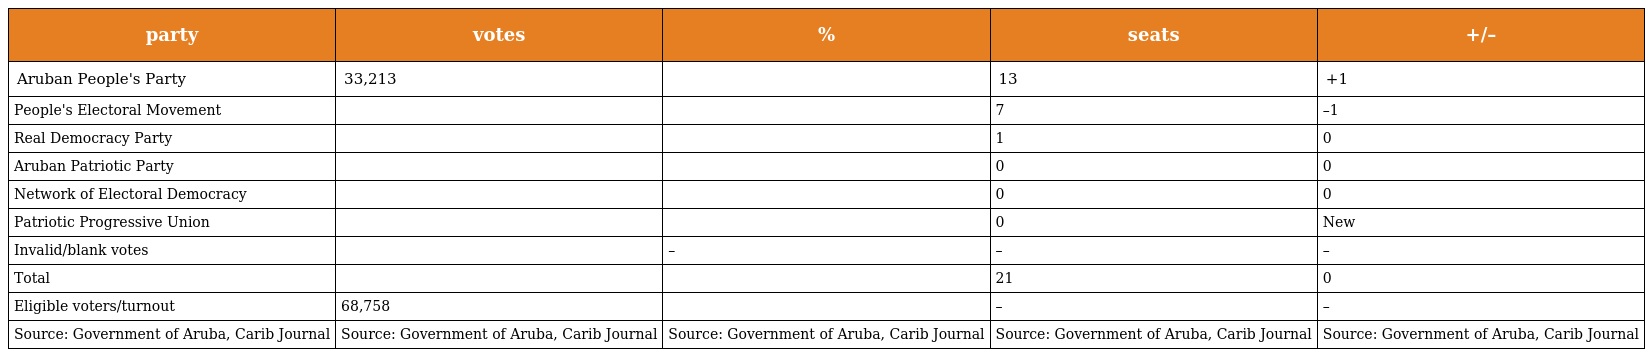
| party | votes | % | seats | +/– |
 | --- | --- | --- | --- | --- |
 | Aruban People's Party | 33,213 |  | 13 | +1 |
 | People's Electoral Movement |  |  | 7 | –1 |
 | Real Democracy Party |  |  | 1 | 0 |
 | Aruban Patriotic Party |  |  | 0 | 0 |
 | Network of Electoral Democracy |  |  | 0 | 0 |
 | Patriotic Progressive Union |  |  | 0 | New |
 | Invalid/blank votes |  | – | – | – |
 | Total |  |  | 21 | 0 |
 | Eligible voters/turnout | 68,758 |  | – | – |
 | Source: Government of Aruba, Carib Journal | Source: Government of Aruba, Carib Journal | Source: Government of Aruba, Carib Journal | Source: Government of Aruba, Carib Journal | Source: Government of Aruba, Carib Journal |